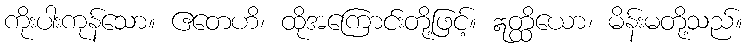
ကိုးပါးကုန်သော။ ဧတေဟိ၊ ထိုအကြောင်းတို့ဖြင့်။ ဣတ္ထိယော၊ မိန်းမတို့သည်။